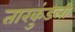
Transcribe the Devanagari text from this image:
तारकुंडली